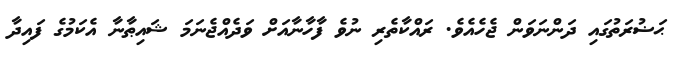
ޙަޟުރަތުގައި ދަންނަވަން ޖެހެއެވެ. ރައްކާތެރި ނުވެ ފާހާނާއަށް ވަދެއްޖެނަމަ ޝައިޠާނާ އެކަމުގެ ފައިދާ